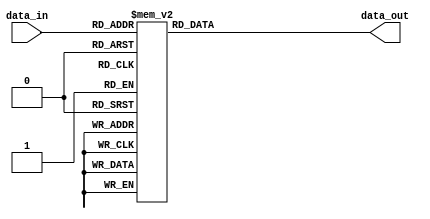
module ftc_enc(
					data_in,
					data_out);										


input [2:0] data_in;

output [3:0] data_out;

wire [2:0] data_in;
reg [3:0] data_out; 

always @ (data_in)
begin 
	case(data_in)
	3'b000 : data_out <= 4'b0000;
	3'b001 : data_out <= 4'b0100;
	3'b010 : data_out <= 4'b0001;
	3'b011 : data_out <= 4'b0101;
	3'b100 : data_out <= 4'b0111;
	3'b101 : data_out <= 4'b1100;
	3'b110 : data_out <= 4'b1101;
	3'b111 : data_out <= 4'b1111;
	default : data_out <=4'bz; 
	endcase		
end

endmodule